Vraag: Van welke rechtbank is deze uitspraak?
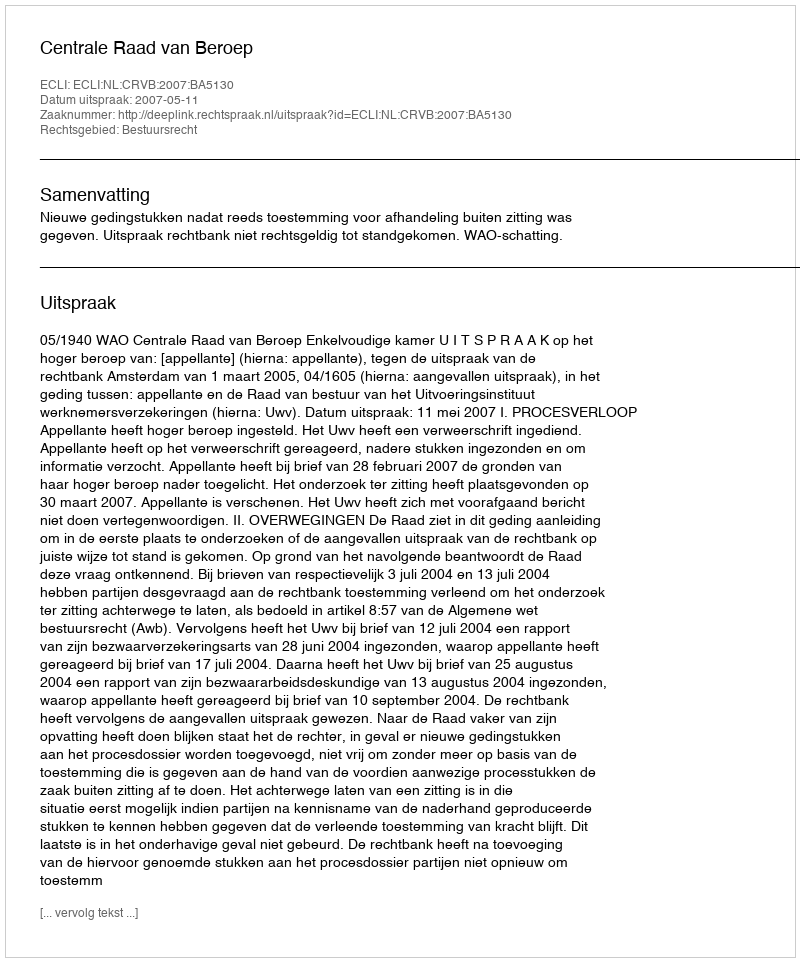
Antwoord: Centrale Raad van Beroep